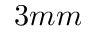
3 m m